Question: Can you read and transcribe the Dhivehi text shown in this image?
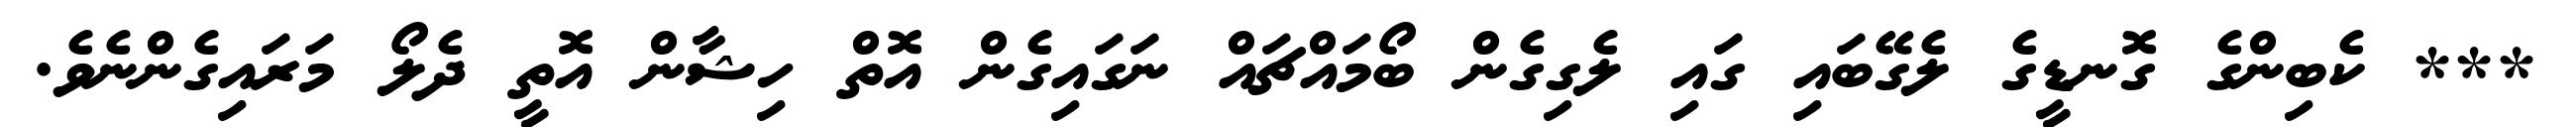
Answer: *** ކެބިންގެ ގޮނޑީގެ ލެގޭބައި ގައި ލެގިގެން ބޯމައްޗައް ނަގައިގެން އޮތް ހިޝާން އޮތީ ދެލޯ މަރައިގެންނެވެ.